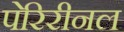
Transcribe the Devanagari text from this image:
पेरिरीनल